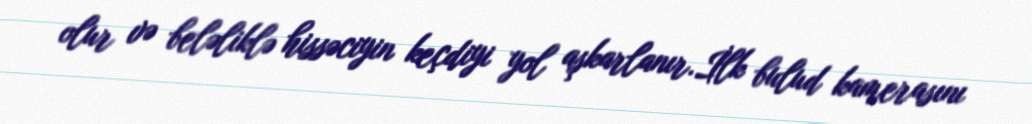
olur və beləliklə hissəciyin keçdiyi yol aşkarlanır.İlk bulud kamerasını